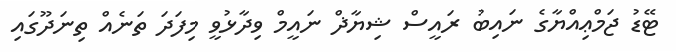
ޓޭޑު ޖަމްޢިއްޔާގެ ނައިބު ރައީސް ޝިޔާޛް ނައީމް ވިދާޅުވީ މިފަދަ ތަނެއް ތިނަދޫގައި